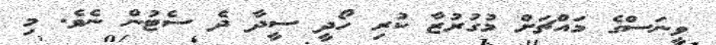
ވީނަސްގެ މައްޗަށް މުގުރުޒާ ކުރި ހޯދީ ސީދާ ދެ ސެޓުން ނެވެ. މި